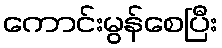
ကောင်းမွန်စေပြီး